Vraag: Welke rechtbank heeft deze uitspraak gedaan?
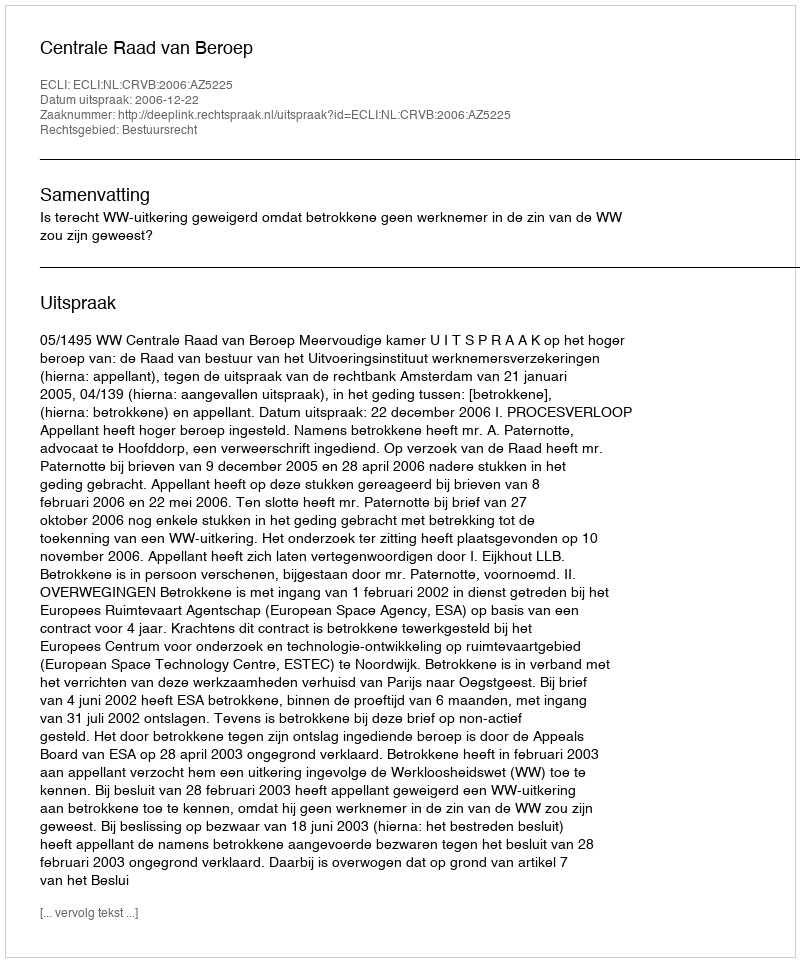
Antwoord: Centrale Raad van Beroep